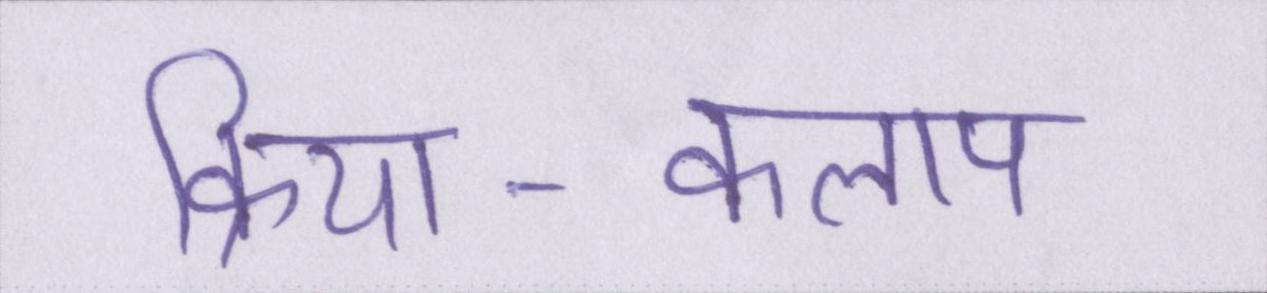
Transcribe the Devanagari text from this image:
क्रिया-कलाप